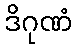
ဒိဂုဏံ